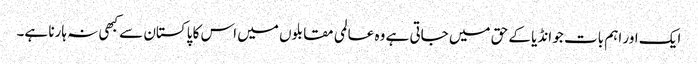
ایک اور اہم بات جو انڈیا کے حق میں جاتی ہے وہ عالمی مقابلوں میں اس کا پاکستان سے کبھی نہ ہارنا ہے۔